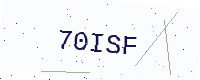
Text: 70ISF